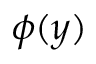
\phi ( y )